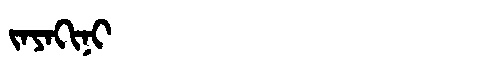
Manchu: ᠵᠠᠶᠠᡴᡳᠨᡳ
Romanization: JAYAKINI